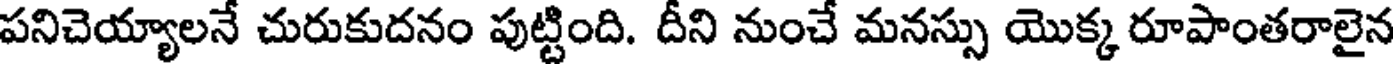
పనిచెయ్యాలనే చురుకుదనం పుట్టింది. దీని నుంచే మనస్సు యొక్క రూపాంతరాలైన